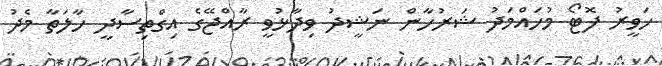
ހަވީރު ފޮޓޯ މުހައްމަދު ޝަރުހާން ނަޝީދު ވިދާޅުވީ ރާއްޖޭގެ އިގްތިސާދީ ހާލަތާ މެދު